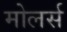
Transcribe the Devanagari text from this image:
मोलर्स